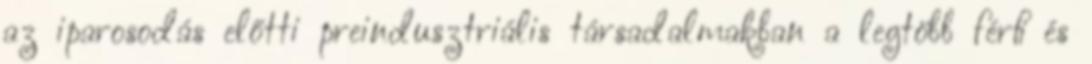
az iparosodás előtti preindusztriális társadalmakban a legtöbb férﬁ és